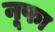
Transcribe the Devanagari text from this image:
नूफा